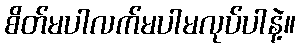
စိတ်မပါလက်မပါမလုပ်ပါနဲ့။